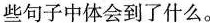
些句子中体会到了什么。